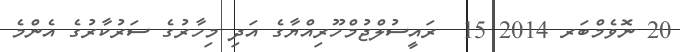
20 ނޮވެމްބަރ 2014 15  ރައީސުލްޖުމްހޫރިއްޔާގެ އަދި މިހާރުގެ ސަރުކާރުގެ އެންމެ